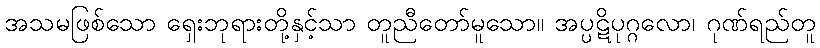
အသမဖြစ်သော ရှေးဘုရားတို့နှင့်သာ တူညီတော်မူသော။ အပ္ပဋိပုဂ္ဂလော၊ ဂုဏ်ရည်တူ